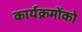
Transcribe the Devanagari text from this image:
कार्यक्रमोंको